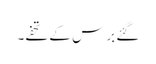
گئے برس کے تحفے۔